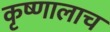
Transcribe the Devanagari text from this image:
कृष्णालाच